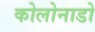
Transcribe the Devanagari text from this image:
कोलोनाडो